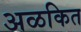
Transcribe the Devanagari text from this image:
अळकित